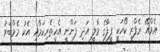
އެމްއޭ ރެފްރީ ކޯހަކީ ފީފާގެ މާލީ އަދި ފަންނީ އެހީތެރިކަމާއި އެކު މެމްބަރު